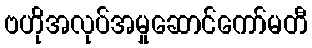
ဗဟိုအလုပ်အမှုဆောင်ကော်မတီ